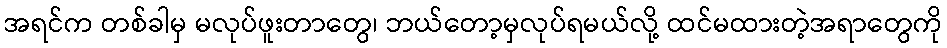
အရင်က တစ်ခါမှ မလုပ်ဖူးတာတွေ၊ ဘယ်တော့မှလုပ်ရမယ်လို့ ထင်မထားတဲ့အရာတွေကို